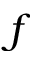
f